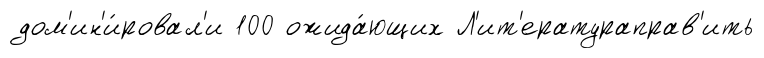
дом'ин'и́ровал'и 100 ожида́ющих Л'ит'ератураправ'ить